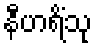
နီဟရိံသု